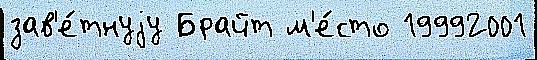
зав'е́тнуjу Брайт м'е́сто 19992001